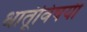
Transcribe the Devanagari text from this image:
धातूंविषयीं